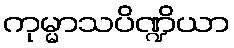
ကုမ္မာသပိဏ္ဍိယာ